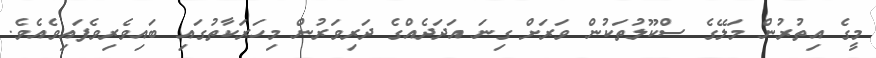
މީގެ އިތުރުން މަލޭގެ ސްކޫލުތަކުން ވަރަށް ގިނަ އަދަދެއްގެ ދަރިވަރުން މިހަރަކާތުގައި ބައިވެރިވެފައިވެއެވެ.